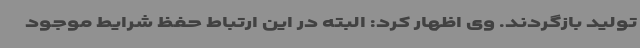
تولید بازگردند. وی اظهار کرد: البته در این ارتباط حفظ شرایط موجود